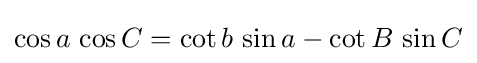
\cos a\,\cos C=\cot b\,\sin a-\cot B\,\sin C